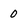
Character: 0